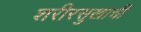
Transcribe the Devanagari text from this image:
शरीरसुखाची